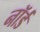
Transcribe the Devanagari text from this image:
नॉर्ड